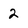
Character: 2